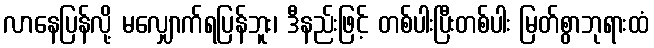
လာနေပြန်လို့ မလျှောက်ရပြန်ဘူး၊ ဒီနည်းဖြင့် တစ်ပါးပြီးတစ်ပါး မြတ်စွာဘုရားထံ